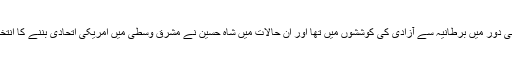
اردن اسی دور میں برطانیہ سے آزادی کی کوششوں میں تھا اور اِن حالات میں شاہ حسین نے مشرق وسطیٰ میں امریکی اتحادی بننے کا انتخاب کیا۔